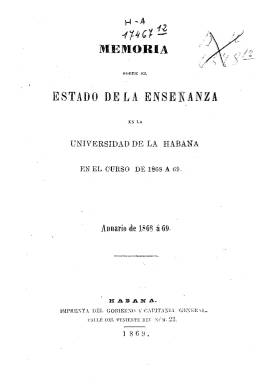
Título: Memoria acerca del estado de la enseñanza en la Universidad de la Habana en el curso de ...
Colección: Anuarios e informes || Educación
Ámbito geográfico: Cuba
Lugar de publicación: Habana
Fechas: 01/01/1868-31/12/1870